Leaving Certificate Examination (including Day School Certificate (Higher) General paper), 1938
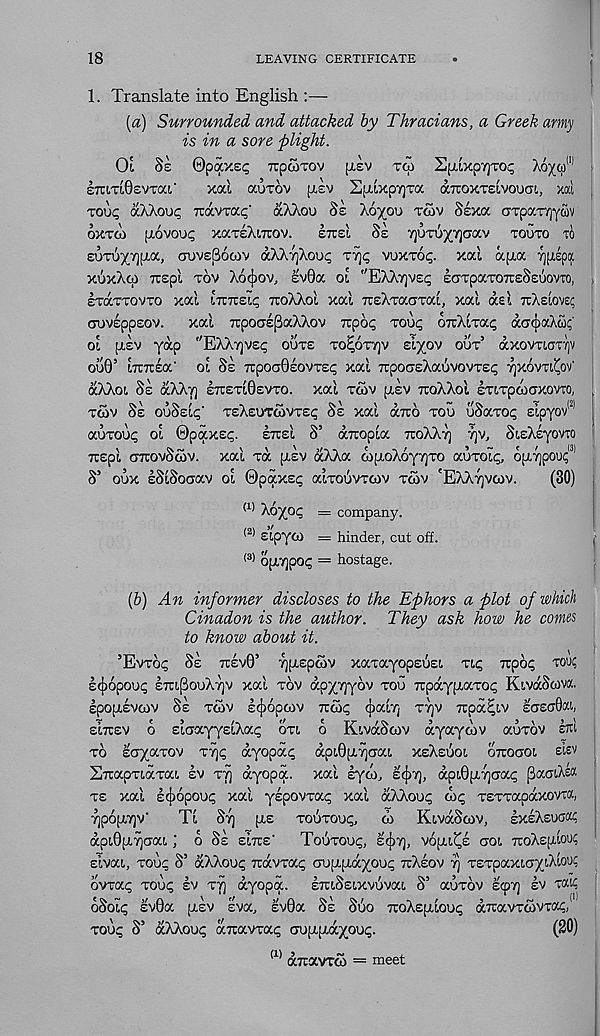
18
LEAVING CERTIFICATE
1. Translate into English :—
{a) Surrounded and attacked by Thracians, a Greek army
is in a sore plight.
Ol
§£
Qp0cy.ec, TCpCOTOV
fliv
TCI
EpLtXp'/jTO'
AO'/O) 111
£TC!.TL0£VTOCL'
Xal a'JTOV [T£V S[i,lxp7)Ta aTCOXTElVOUOT, xal
Touq CCAAOUC Travva^' aXXou SE AO^OU TWV SSXOC cjTpocTTjycov
0XT6) [MVO’jr XCXTEA17TOV.
ETTEl §£ 7)UTli^7]C7aV TOUTO TO
£UTUx>)[Ta, CTUVE^OCOV aXXyAou^
VUXTO^.
xal apia yiiepa
XUXXCA Tcepl xov XOCJJOV, £v0a oi "EXXTQVEI; EaTpaToraSEuovTO,
EravTOVTO xal ITTTTEI^ TTOXXOI xai TTEXTOCCTTOCI, xai as i TCXELOVEC
auvEppEOV.
xai TTpoaspaXXov xpo^ TOUC; 07uXiTa<; acr^aXio?'
oi [XEV yap "EXXY)VSC; OUTE TO^OTIQV slyov OUT’ axovTicrqv
ou0’ iTCTTEa' oi SE 7rpoa0EOVTS<; xai TrpoGsXauvovTE^ YJXOVTI^OV'
aXXoi SE aXXy] ETTETI0EVTO. xai TCOV [LEV TCQXXOI ETITPCOCTXOVTO,
TWV SE OUSEI^' TEXEUTCOVTEC SE xai arro xou uSaxo<; sipyov 121
auroyg oi ©paxEcp.
ETTEI S’ arcopia TTOXX - /] ry, SiEXsyovTO
TCEpl GTTOVSOIV. xai xa [LEV aXXa wpioXoyTjxo auxoic, opxrjpoixf 1
S’ oux sSiSoGav oi ©paxsc; aixouvxtov xcov 'EXXTJVCOV.
(30)
(1) ^yyc
company.
(2)
(3)
sipyoi = hinder, cut oh.
opi7]po£ = hostage.
(6) An informer discloses to the Ephors a plot of which
Cinadon is the author. They ask how he comes
to know about it.
’EVTOC; SE TCEVO’ yjAEpmv xaxayopEusi xic; Ttpo? xoui;
E(j)6pou^ ETUpouXyv xai xov apyyyov xou TcpayjAaxocp KivaScova.
EpOU.£VOJV SE TCOV E(j)6pCOV 7TC05 (paiT; X7]V Ttpa^lV EGEG0ai,
EITCEV o EiGayysiXac oxi 6 KivaScov ayaycov auxov iro
TO EGyaxov Try ayopa^ api0[XTjGai XEXEUOI OTTOGOI
Ercapxiaxai EV xy ayopa. xai eyco, scjyc], api0|A'/)Ga^ [3aGiX£«
XE xai s(ji6pouq xai yspovxac; xai aXXou^ co<; xExxapaxovra,
TjpofXTjv’
Ti STJ [As XOUTOUI;,
co KivaScov, EXEXEUGO^
api0[XTjGai ; o SE EITTE'
TOUTOU^, EC[)7), vopn^E GOI TCOXEJAIOUI
Eivai, xou^ S’ aXXou^ Travxa^ Gupifrayouc; TTXEOV T) xExpaxiGyiXiQ'Ji
ovxa<; TOU<; EV xy ayopa. ETuSsixvuvai S’ auxov scpr) lv xai?
oSoii; sv0a (LEV sva, sv0a SE SUO TToXspiiou^ aTravxcovxa^,
xou^ S’ aXXouc; aTtavxai; Guptptaj'ou^.
(20)
(1) axavrco = meet